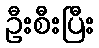
ဦးစီးပြီး